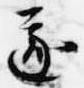
遂